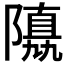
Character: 𨼡